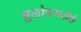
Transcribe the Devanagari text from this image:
सुलोचनादीदी